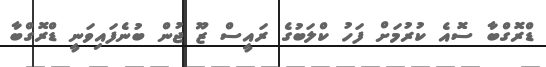
ޑްރޮގްބާ ސޮއެ ކުރުމަށް ފަހު ކްލަބުގެ ރައީސް ޒޫ ޖުން ބުނެފައިވަނީ ޑްރޮގްބާ